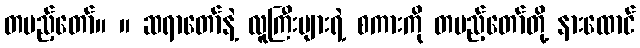
တပည့်တော်။ ။ ဆရာတော်နဲ့ လူကြီးများရဲ့ စကားကို တပည့်တော်တို့ နားထောင်